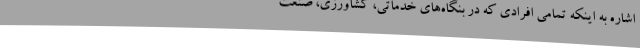
اشاره به اینکه تمامی افرادی که در بنگاه‌های خدماتی، کشاورزی، صنعت